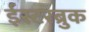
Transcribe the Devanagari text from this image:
ईस्टरब्रुक